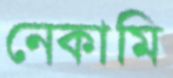
নেকামি